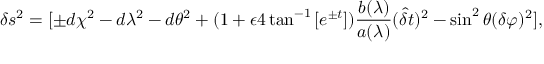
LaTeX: \delta s ^ { 2 } = [ \pm d \chi ^ { 2 } - d \lambda ^ { 2 } - d \theta ^ { 2 } + ( 1 + \epsilon 4 \tan ^ { - 1 } \left[ e ^ { \pm t } \right] ) \frac { b ( \lambda ) } { a ( \lambda ) } ( \hat { { \delta } } t ) ^ { 2 } - \sin ^ { 2 } \theta ( \delta \varphi ) ^ { 2 } ] ,